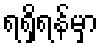
ရရှိရန်မှာ